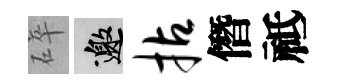
碎邀拈僭祗